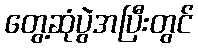
တွေ့ဆုံပွဲအပြီးတွင်